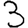
Digit: 3